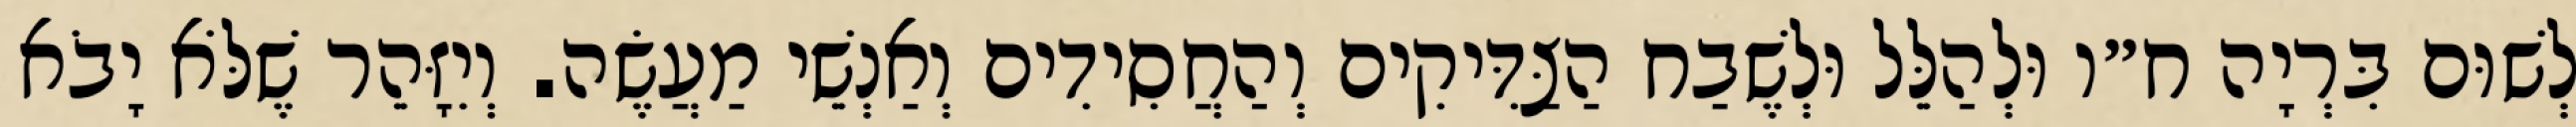
לְשׁוּם בִּרְיָה ח״ו וּלְהַלֵּל וּלְשֶׁבַח הַצַּדִּיקִים וְהַחֲסִידִים וְאַנְשֵׁי מַעֲשֶׂה. וְיִזָּהֵר שֶׁלֹּא יָבֹא